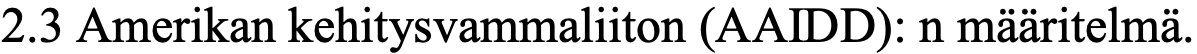
2.3 Amerikan kehitysvammaliiton (AAIDD): n määritelmä.